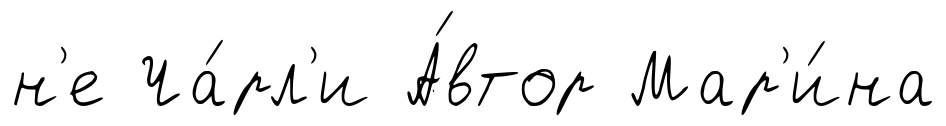
н'е Ча́рл'и А́втор Мар'и́на